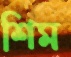
শিম